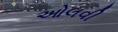
ઓલવી